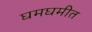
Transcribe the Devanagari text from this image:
घमघमीत